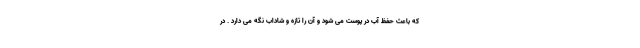
که باعث حفظ آب در پوست می شود و آن را تازه و شاداب نگه می دارد . در